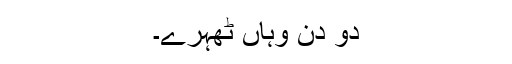
دو دن وہاں ٹھہرے۔